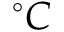
^ { \circ } C